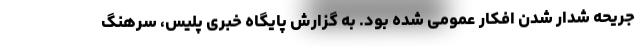
جریحه شدار شدن افکار عمومی شده بود. به گزارش پایگاه خبری پلیس، سرهنگ